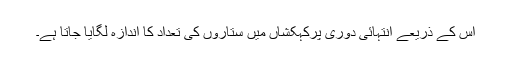
اس کے ذریعے انتہائی دوری پرکہکشاں میں ستاروں کی تعداد کا اندازہ لگایا جاتا ہے۔